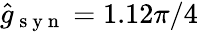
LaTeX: \hat{g}_{\mathrm{~s~y~n~}}=1.12\pi/4